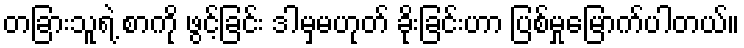
တခြားသူရဲ့ စာကို ဖွင့်ခြင်း ဒါမှမဟုတ် ခိုးခြင်းဟာ ပြစ်မှုမြောက်ပါတယ်။